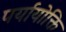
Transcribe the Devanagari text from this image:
पर्यायोक्ति